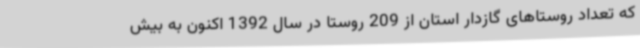
که تعداد روستاهای گازدار استان از 209 روستا در سال 1392 اکنون به بیش